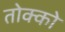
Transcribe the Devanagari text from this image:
तोक्को